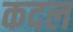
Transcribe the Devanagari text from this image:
कदल